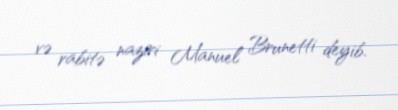
və rabitə naziri Manuel Brunetti deyib.